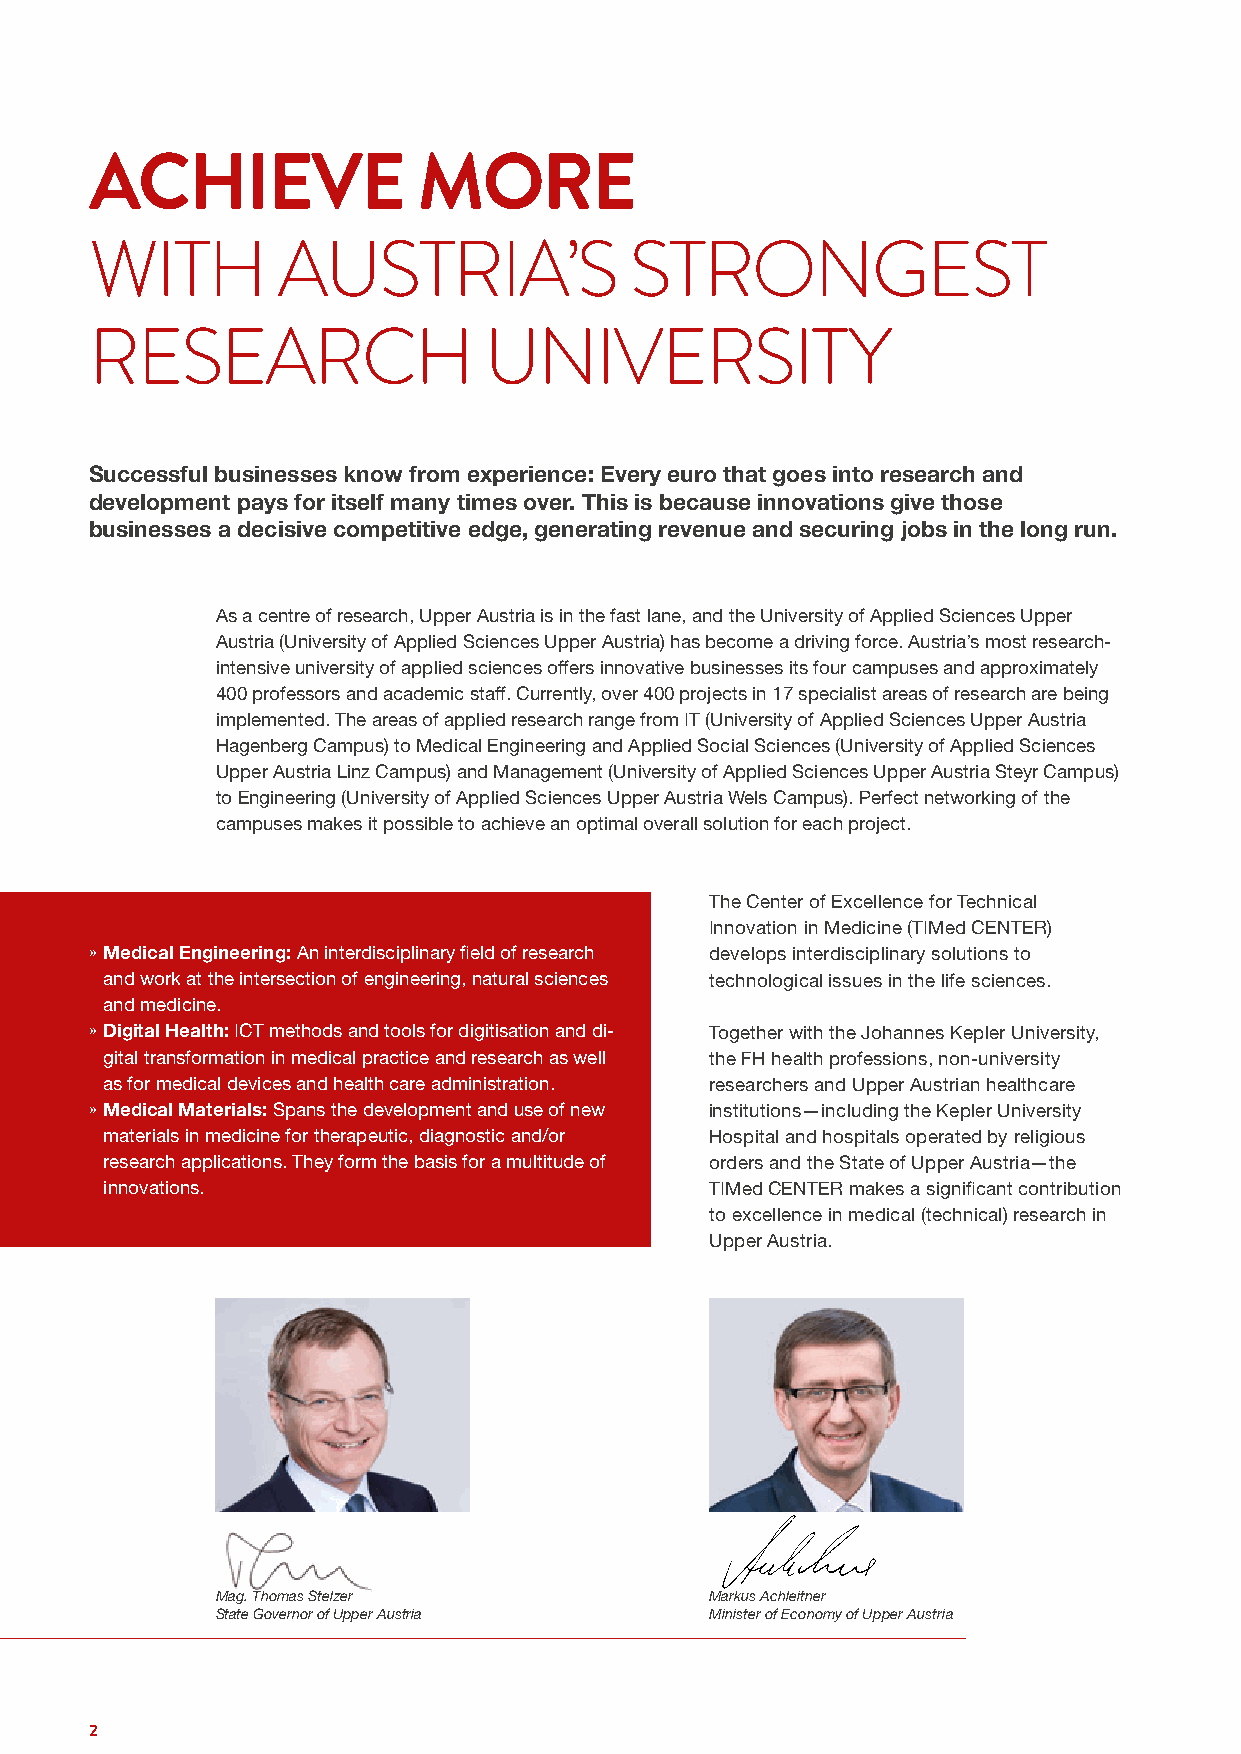
ACHIEVE               MORE
 WITH        AUSTRIA’S               STRONGEST
 RESEARCH                  UNIVERSITY
 Successful businesses know from experience: Every euro that goes into research and
 development pays for itself many times over. This is because innovations give those
 businesses a decisive competitive edge, generating revenue and securing jobs in the long run.
 As a centre of research, Upper Austria is in the fast lane, and the University of Applied Sciences Upper
 Austria (University of Applied Sciences Upper Austria) has become a driving force. Austria’s most research-
 intensive university of applied sciences offers innovative businesses its four campuses and approximately
 400 professors and academic staff. Currently, over 400 projects in 17 specialist areas of research are being
 implemented. The areas of applied research range from IT (University of Applied Sciences Upper Austria
 Hagenberg Campus) to Medical Engineering and Applied Social Sciences (University of Applied Sciences
 Upper Austria Linz Campus) and Management (University of Applied Sciences Upper Austria Steyr Campus)
 to Engineering (University of Applied Sciences Upper Austria Wels Campus). Perfect networking of the
 campuses makes it possible to achieve an optimal overall solution for each project.
 The Center of Excellence for Technical
 Innovation in Medicine (TIMed CENTER)
 » Medical Engineering: An interdisciplinary field of research develops interdisciplinary solutions to
 and work at the intersection of engineering, natural sciences technological issues in the life sciences.
 and medicine.
 » Digital Health: ICT methods and tools for digitisation and di- Together with the Johannes Kepler University,
 gital transformation in medical practice and research as well the FH health professions, non-university
 as for medical devices and health care administration. researchers and Upper Austrian healthcare
 » Medical Materials: Spans the development and use of new institutions—including the Kepler University
 materials in medicine for therapeutic, diagnostic and/or Hospital and hospitals operated by religious
 research applications. They form the basis for a multitude of orders and the State of Upper Austria—the
 innovations.                            TIMed CENTER makes a significant contribution
 to excellence in medical (technical) research in
 Upper Austria.
 Mag. Thomas Stelzer              Markus Achleitner
 State Governor of Upper Austria  Minister of Economy of Upper Austria
 2